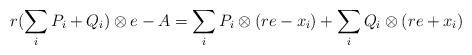
LaTeX: \begin{align*}r (\sum_i P_i + Q_i) \otimes e - A &= \sum_i P_i \otimes (re - x_i) + \sum_i Q_i \otimes (re + x_i)\end{align*}